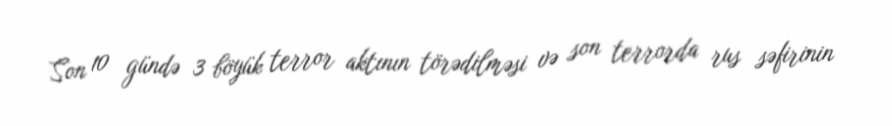
Son 10 gündə 3 böyük terror aktının törədilməsi və son terrorda rus səfirinin